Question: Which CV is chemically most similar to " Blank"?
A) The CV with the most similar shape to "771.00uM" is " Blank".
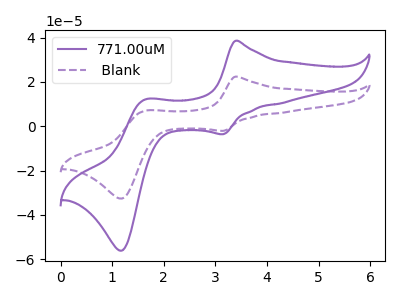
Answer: <think>The purple curve "771.00uM" has anodic peaks at (3.40V, 38.55uA) (1.65V, 12.10uA) and cathodic peaks at (3.15V, -3.60uA) (1.20V, -56.10uA). The purple dashed curve " Blank" has anodic peaks at (3.40V, 22.40uA) (1.65V, 7.05uA) and cathodic peaks at (3.15V, -2.10uA) (1.20V, -32.60uA).
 All the peaks in "771.00uM" have a peak in " Blank" at the same potential. Every peak in "771.00uM" is higher than every peak in " Blank".</think>
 <answer>A) The CV with the most similar shape to "771.00uM" is " Blank".</answer>
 <eval>A</eval>